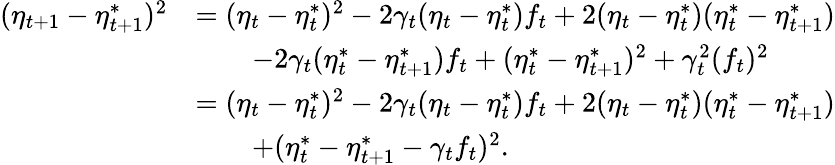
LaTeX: \begin{array}{rl}{(\eta_{t+1}-\eta_{t+1}^{*})^{2}}&{=(\eta_{t}-\eta_{t}^{*})^{2}-2\gamma_{t}(\eta_{t}-\eta_{t}^{*})f_{t}+2(\eta_{t}-\eta_{t}^{*})(\eta_{t}^{*}-\eta_{t+1}^{*})}\\ &{\qquad-2\gamma_{t}(\eta_{t}^{*}-\eta_{t+1}^{*})f_{t}+(\eta_{t}^{*}-\eta_{t+1}^{*})^{2}+\gamma_{t}^{2}(f_{t})^{2}}\\ &{=(\eta_{t}-\eta_{t}^{*})^{2}-2\gamma_{t}(\eta_{t}-\eta_{t}^{*})f_{t}+2(\eta_{t}-\eta_{t}^{*})(\eta_{t}^{*}-\eta_{t+1}^{*})}\\ &{\qquad+(\eta_{t}^{*}-\eta_{t+1}^{*}-\gamma_{t}f_{t})^{2}.}\end{array}